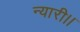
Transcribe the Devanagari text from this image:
न्यारी।।